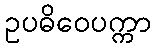
ဥပဓိဝေပက္ကာ